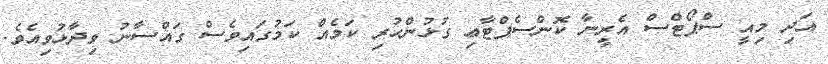
އަދި މިއީ ސްޕޯޓްސް އެރީނާ ކޮންސެޕްޓާޢި ގުޅުންހުރި ކަމެއް ކަމުގައިވެސް ގައްސާނު ވިދާޅުވިއެވެ.